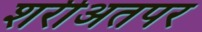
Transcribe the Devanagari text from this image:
शरीअतपर